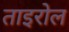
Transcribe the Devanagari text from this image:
ताइरोल